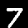
Label: 7